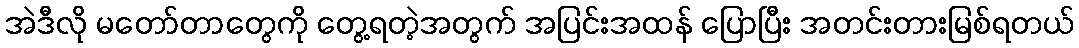
အဲဒီလို မတော်တာတွေကို တွေ့ရတဲ့အတွက် အပြင်းအထန် ပြောပြီး အတင်းတားမြစ်ရတယ်